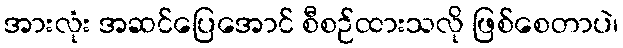
အားလုံး အဆင်ပြေအောင် စီစဉ်ထားသလို ဖြစ်စေတာပဲ၊